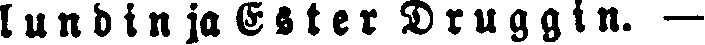
lundin ja Ester Druggin. —